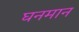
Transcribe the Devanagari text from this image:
घनमान